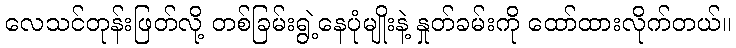
လေသင်တုန်းဖြတ်လို့ တစ်ခြမ်းရွဲ့နေပုံမျိုးနဲ့ နှုတ်ခမ်းကို ထော်ထားလိုက်တယ်။